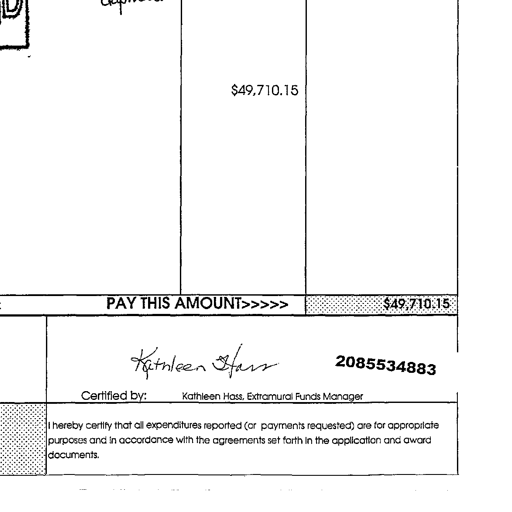
Transcript:
$49,710.15
PAY THIS AMOUNT>>>>> $49,710.15
Kathleen Hass 2085534883
Certified by: Kathleen Hass, Extramural Funds Manager
I hereby certify that all expenditures reported (or payments requested) are for appropriate purposes and in accordance with the agreements set forth in the application and award documents.